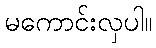
မကောင်းလှပါ။